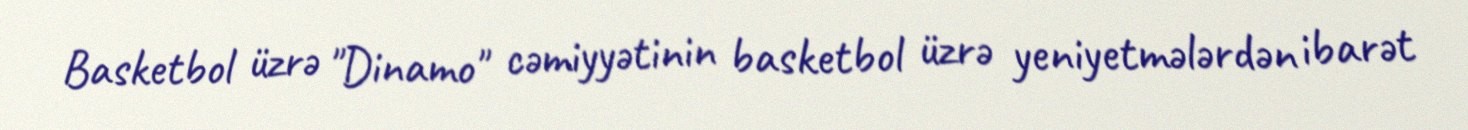
Basketbol üzrə "Dinamo" cəmiyyətinin basketbol üzrə yeniyetmələrdən ibarət